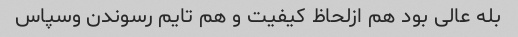
بله عالی بود هم ازلحاظ کیفیت و هم تایم رسوندن وسپاس